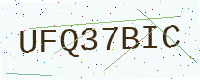
Text: UFQ37BIC